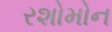
રશોમોન